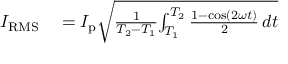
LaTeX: \begin{array} { r l } { I _ { \mathrm { R M S } } } & { { } = I _ { \mathrm { p } } { \sqrt { { \frac { 1 } { T _ { 2 } - T _ { 1 } } } { \int _ { T _ { 1 } } ^ { T _ { 2 } } { \frac { 1 - \cos ( 2 \omega t ) } { 2 } } \, d t } } } } \end{array}